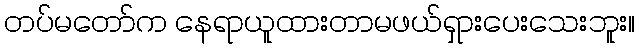
တပ်မတော်က နေရာယူထားတာမဖယ်ရှားပေးသေးဘူး။